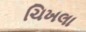
ચિખલા